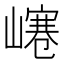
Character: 𡼌